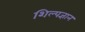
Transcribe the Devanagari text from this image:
शिल्पज्ञान